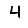
Digit: 4